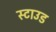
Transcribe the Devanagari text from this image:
स्टाउड